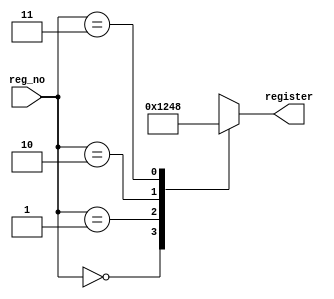
module decoder2_4(register,reg_no);
	input [1:0] reg_no;
	output reg [3:0] register;
	always@(*)
	begin
	case(reg_no)
		2'b00: register <= 4'b0001;
		2'b01: register <= 4'b0010;
		2'b10: register <= 4'b0100;
		2'b11: register <= 4'b1000;
	endcase
	end
endmodule